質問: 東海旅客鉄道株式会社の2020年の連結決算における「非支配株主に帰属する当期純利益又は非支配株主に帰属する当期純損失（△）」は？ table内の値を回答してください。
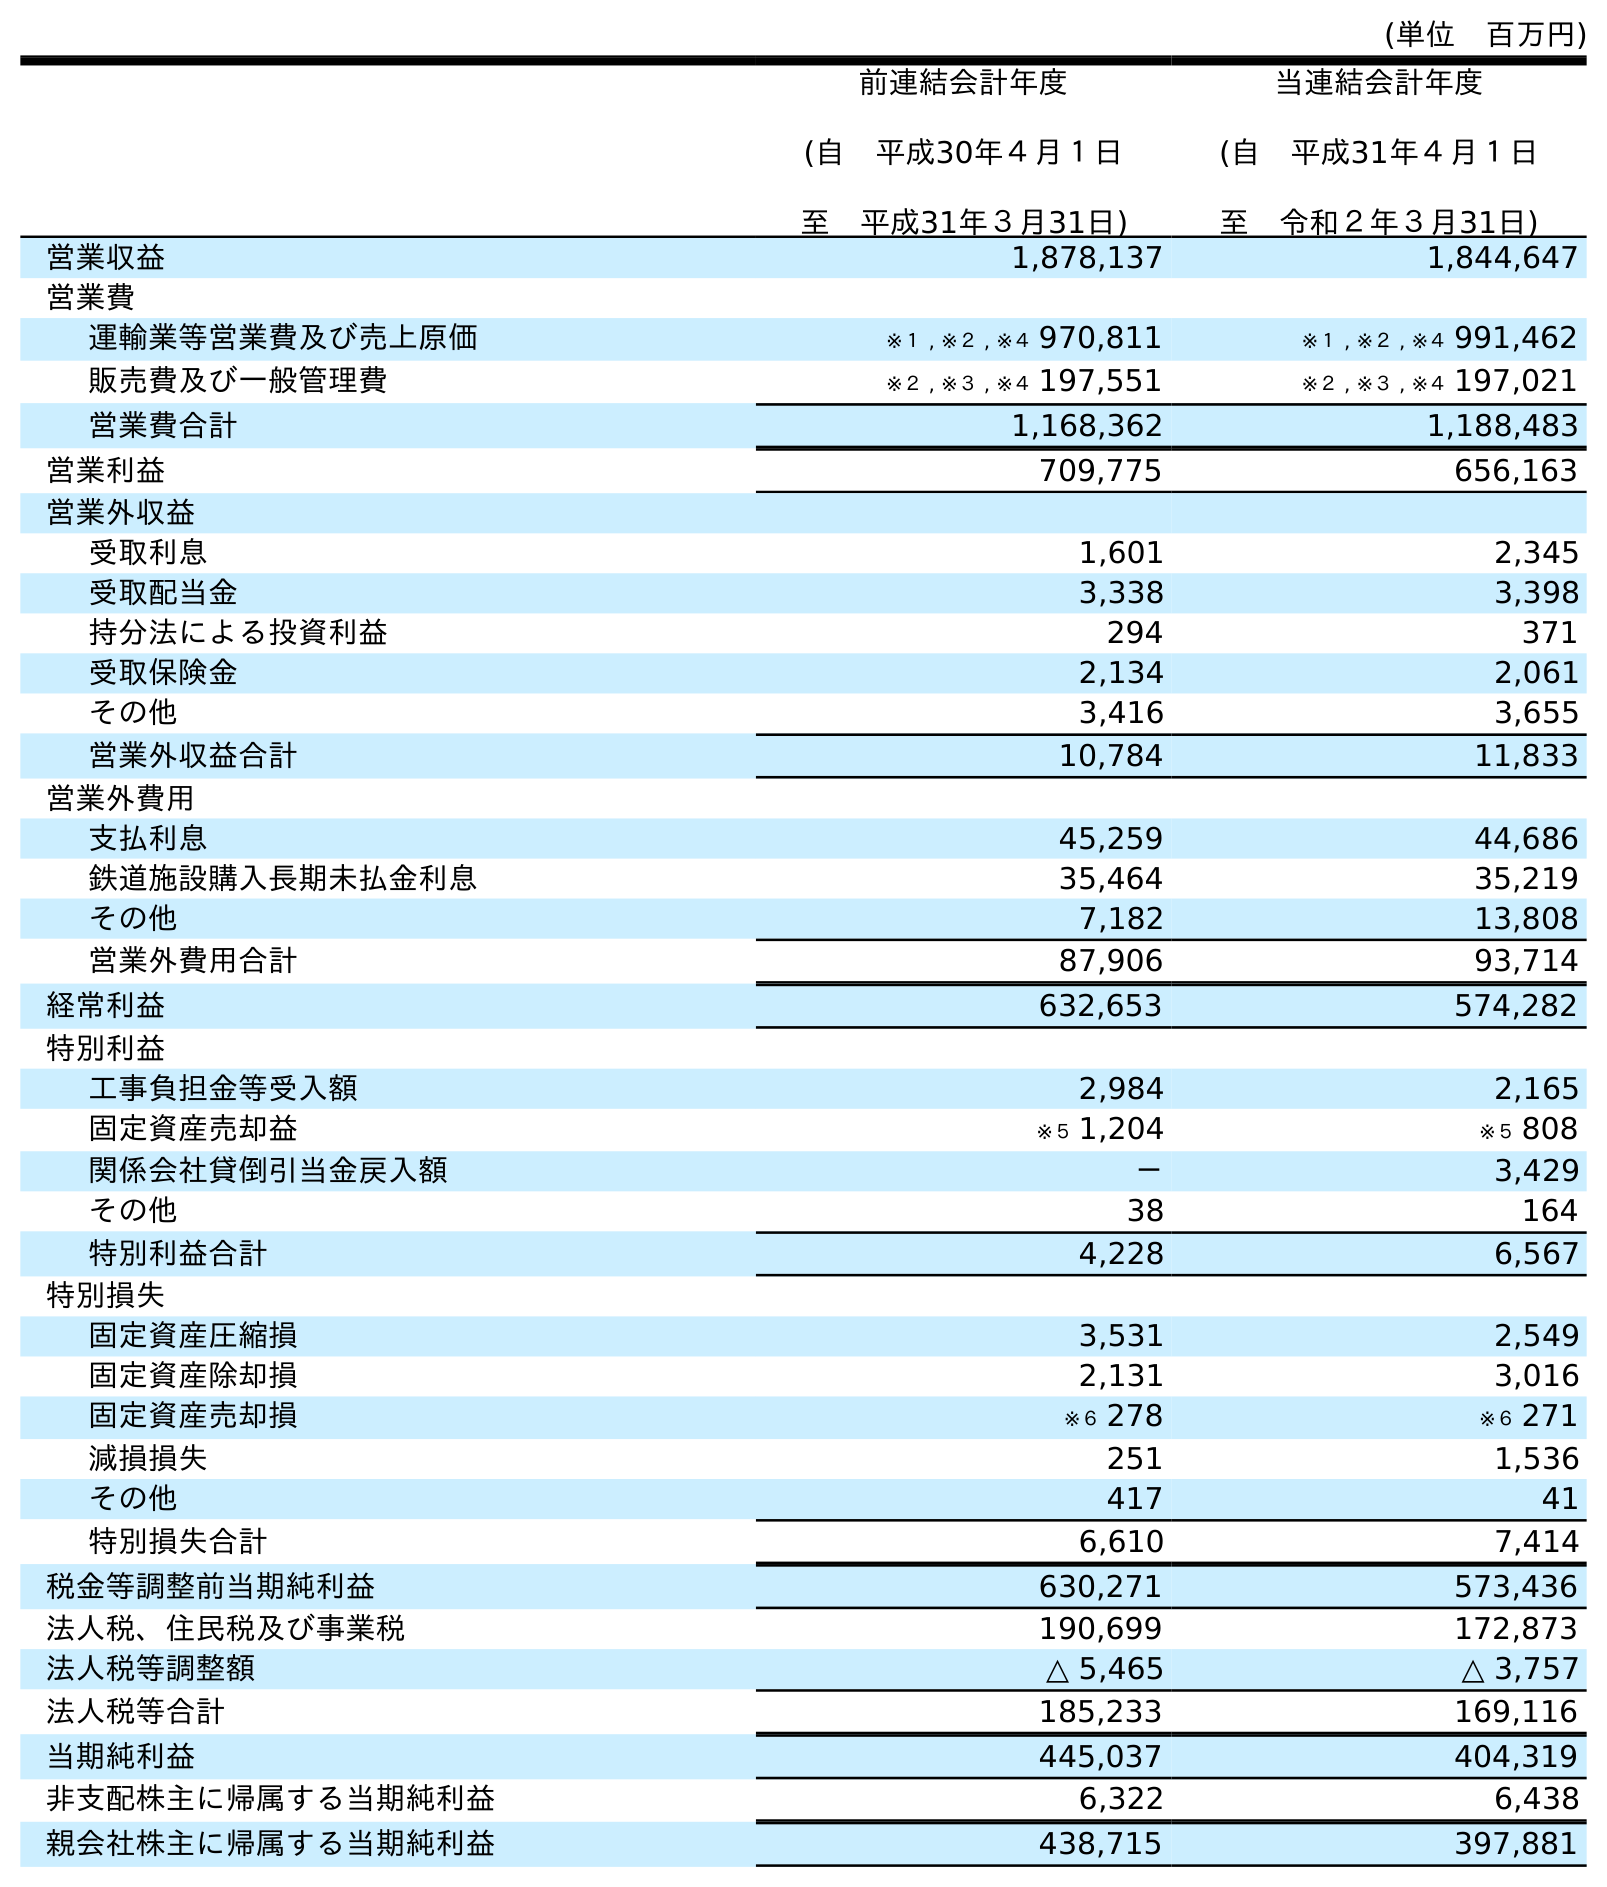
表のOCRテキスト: (単位 百万円) 前連結会計年度 (自 平成30年４月１日 至 平成31年３月31日) 当連結会計年度 (自 平成31年４月１日 至 令和２年３月31日) 営業収益 1,878,137 1,844,647 営業費 運輸業等営業費及び売上原価 ※１ , ※２ , ※４ 970,811 ※１ , ※２ , ※４ 991,462 販売費及び一般管理費 ※２ , ※３ , ※４ 197,551 ※２ , ※３ , ※４ 197,021 営業費合計 1,168,362 1,188,483 営業利益 709,775 656,163 営業外収益 受取利息 1,601 2,345 受取配当金 3,338 3,398 持分法による投資利益 294 371 受取保険金 2,134 2,061 その他 3,416 3,655 営業外収益合計 10,784 11,833 営業外費用 支払利息 45,259 44,686 鉄道施設購入長期未払金利息 35,464 35,219 その他 7,182 13,808 営業外費用合計 87,906 93,714 経常利益 632,653 574,282 特別利益 工事負担金等受入額 2,984 2,165 固定資産売却益 ※５ 1,204 ※５ 808 関係会社貸倒引当金戻入額 － 3,429 その他 38 164 特別利益合計 4,228 6,567 特別損失 固定資産圧縮損 3,531 2,549 固定資産除却損 2,131 3,016 固定資産売却損 ※６ 278 ※６ 271 減損損失 251 1,536 その他 417 41 特別損失合計 6,610 7,414 税金等調整前当期純利益 630,271 573,436 法人税、住民税及び事業税 190,699 172,873 法人税等調整額 △ 5,465 △ 3,757 法人税等合計 185,233 169,116 当期純利益 445,037 404,319 非支配株主に帰属する当期純利益 6,322 6,438 親会社株主に帰属する当期純利益 438,715 397,881
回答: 6,438